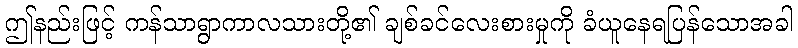
ဤနည်းဖြင့် ကန်သာရွာကာလသားတို့၏ ချစ်ခင်လေးစားမှုကို ခံယူနေရပြန်သောအခါ